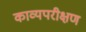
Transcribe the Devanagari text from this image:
काव्यपरीक्षण